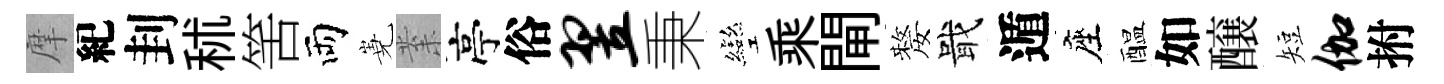
摩紀刲秫筈両嶤𭪙亭俗翌秉彎乘閘嫠戢遁座醖如醸短伽拊